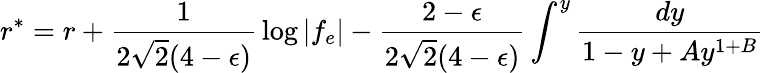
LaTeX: r^{*}=r+{\frac{1}{2\sqrt 2(4-\epsilon)}}\log|f_{e}|-{\frac{2-\epsilon}{2\sqrt 2(4-\epsilon)}}\int^{y}{\frac{dy}{1-y+Ay^{1+B}}}